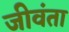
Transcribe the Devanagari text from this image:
जीवंता